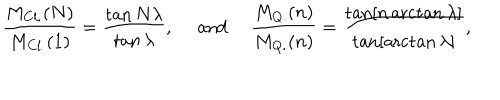
{ \frac { M _ { C l . } ( N ) } { M _ { C l . } ( 1 ) } } = \displaystyle { { \frac { \tan N \lambda } { \tan \lambda } } } , \ \mathrm { a n d } \ { \frac { M _ { Q . } ( n ) } { M _ { Q . } ( n ) } } = \displaystyle { { \frac { \tan [ n \operatorname { a r c t a n } \lambda ] } { \tan [ \operatorname { a r c t a n } \lambda ] } } } ,